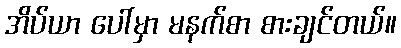
အိပ်ယာ ပေါ်မှာ မနက်စာ စားချင်တယ်။